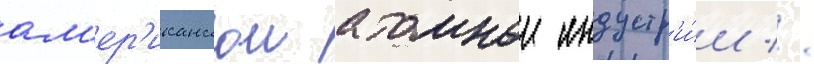
ам'ер'иканскои атомнои индустр'и́и //